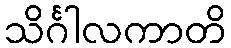
သိင်္ဂါလကာတိ